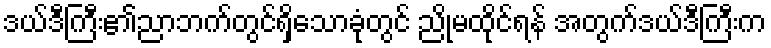
ဒယ်ဒီကြီး၏ညာဘက်တွင်ရှိသောခုံတွင် ညိုမထိုင်ရန် အတွက်ဒယ်ဒီကြီးက